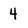
Character: 4